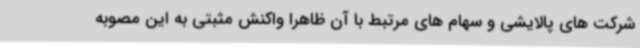
شرکت های پالایشی و سهام های مرتبط با آن ظاهرا واکنش مثبتی به این مصوبه